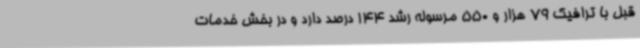
قبل با ترافیک 79 هزار و 550 مرسوله رشد 144 درصد دارد و در بخش خدمات